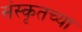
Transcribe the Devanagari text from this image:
संस्‍कृतच्या